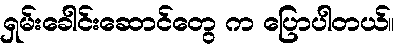
ရှမ်းခေါင်းဆောင်တွေ က ပြောပါတယ်။